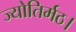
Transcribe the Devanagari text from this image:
ज्योतिर्मठ।